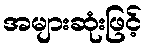
အများဆုံးဖြင့်